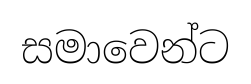
සමාවෙන්ට